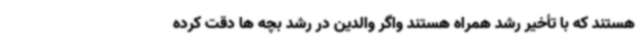
هستند که با تأخیر رشد همراه هستند واگر والدین در رشد بچه ها دقت کرده